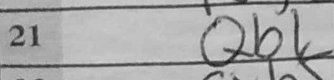
Transcription: Qb1